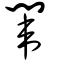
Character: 闈